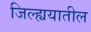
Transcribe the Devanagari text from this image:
जिल्ह्ययातील